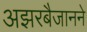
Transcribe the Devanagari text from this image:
अझरबैजानने